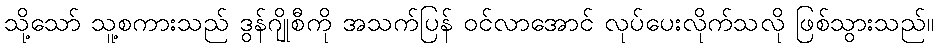
သို့သော် သူ့စကားသည် ဒွန်ဂျိုစီကို အသက်ပြန် ဝင်လာအောင် လုပ်ပေးလိုက်သလို ဖြစ်သွားသည်။